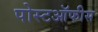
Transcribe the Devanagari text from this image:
पोस्टऑफीस